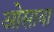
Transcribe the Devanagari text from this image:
ओसावा